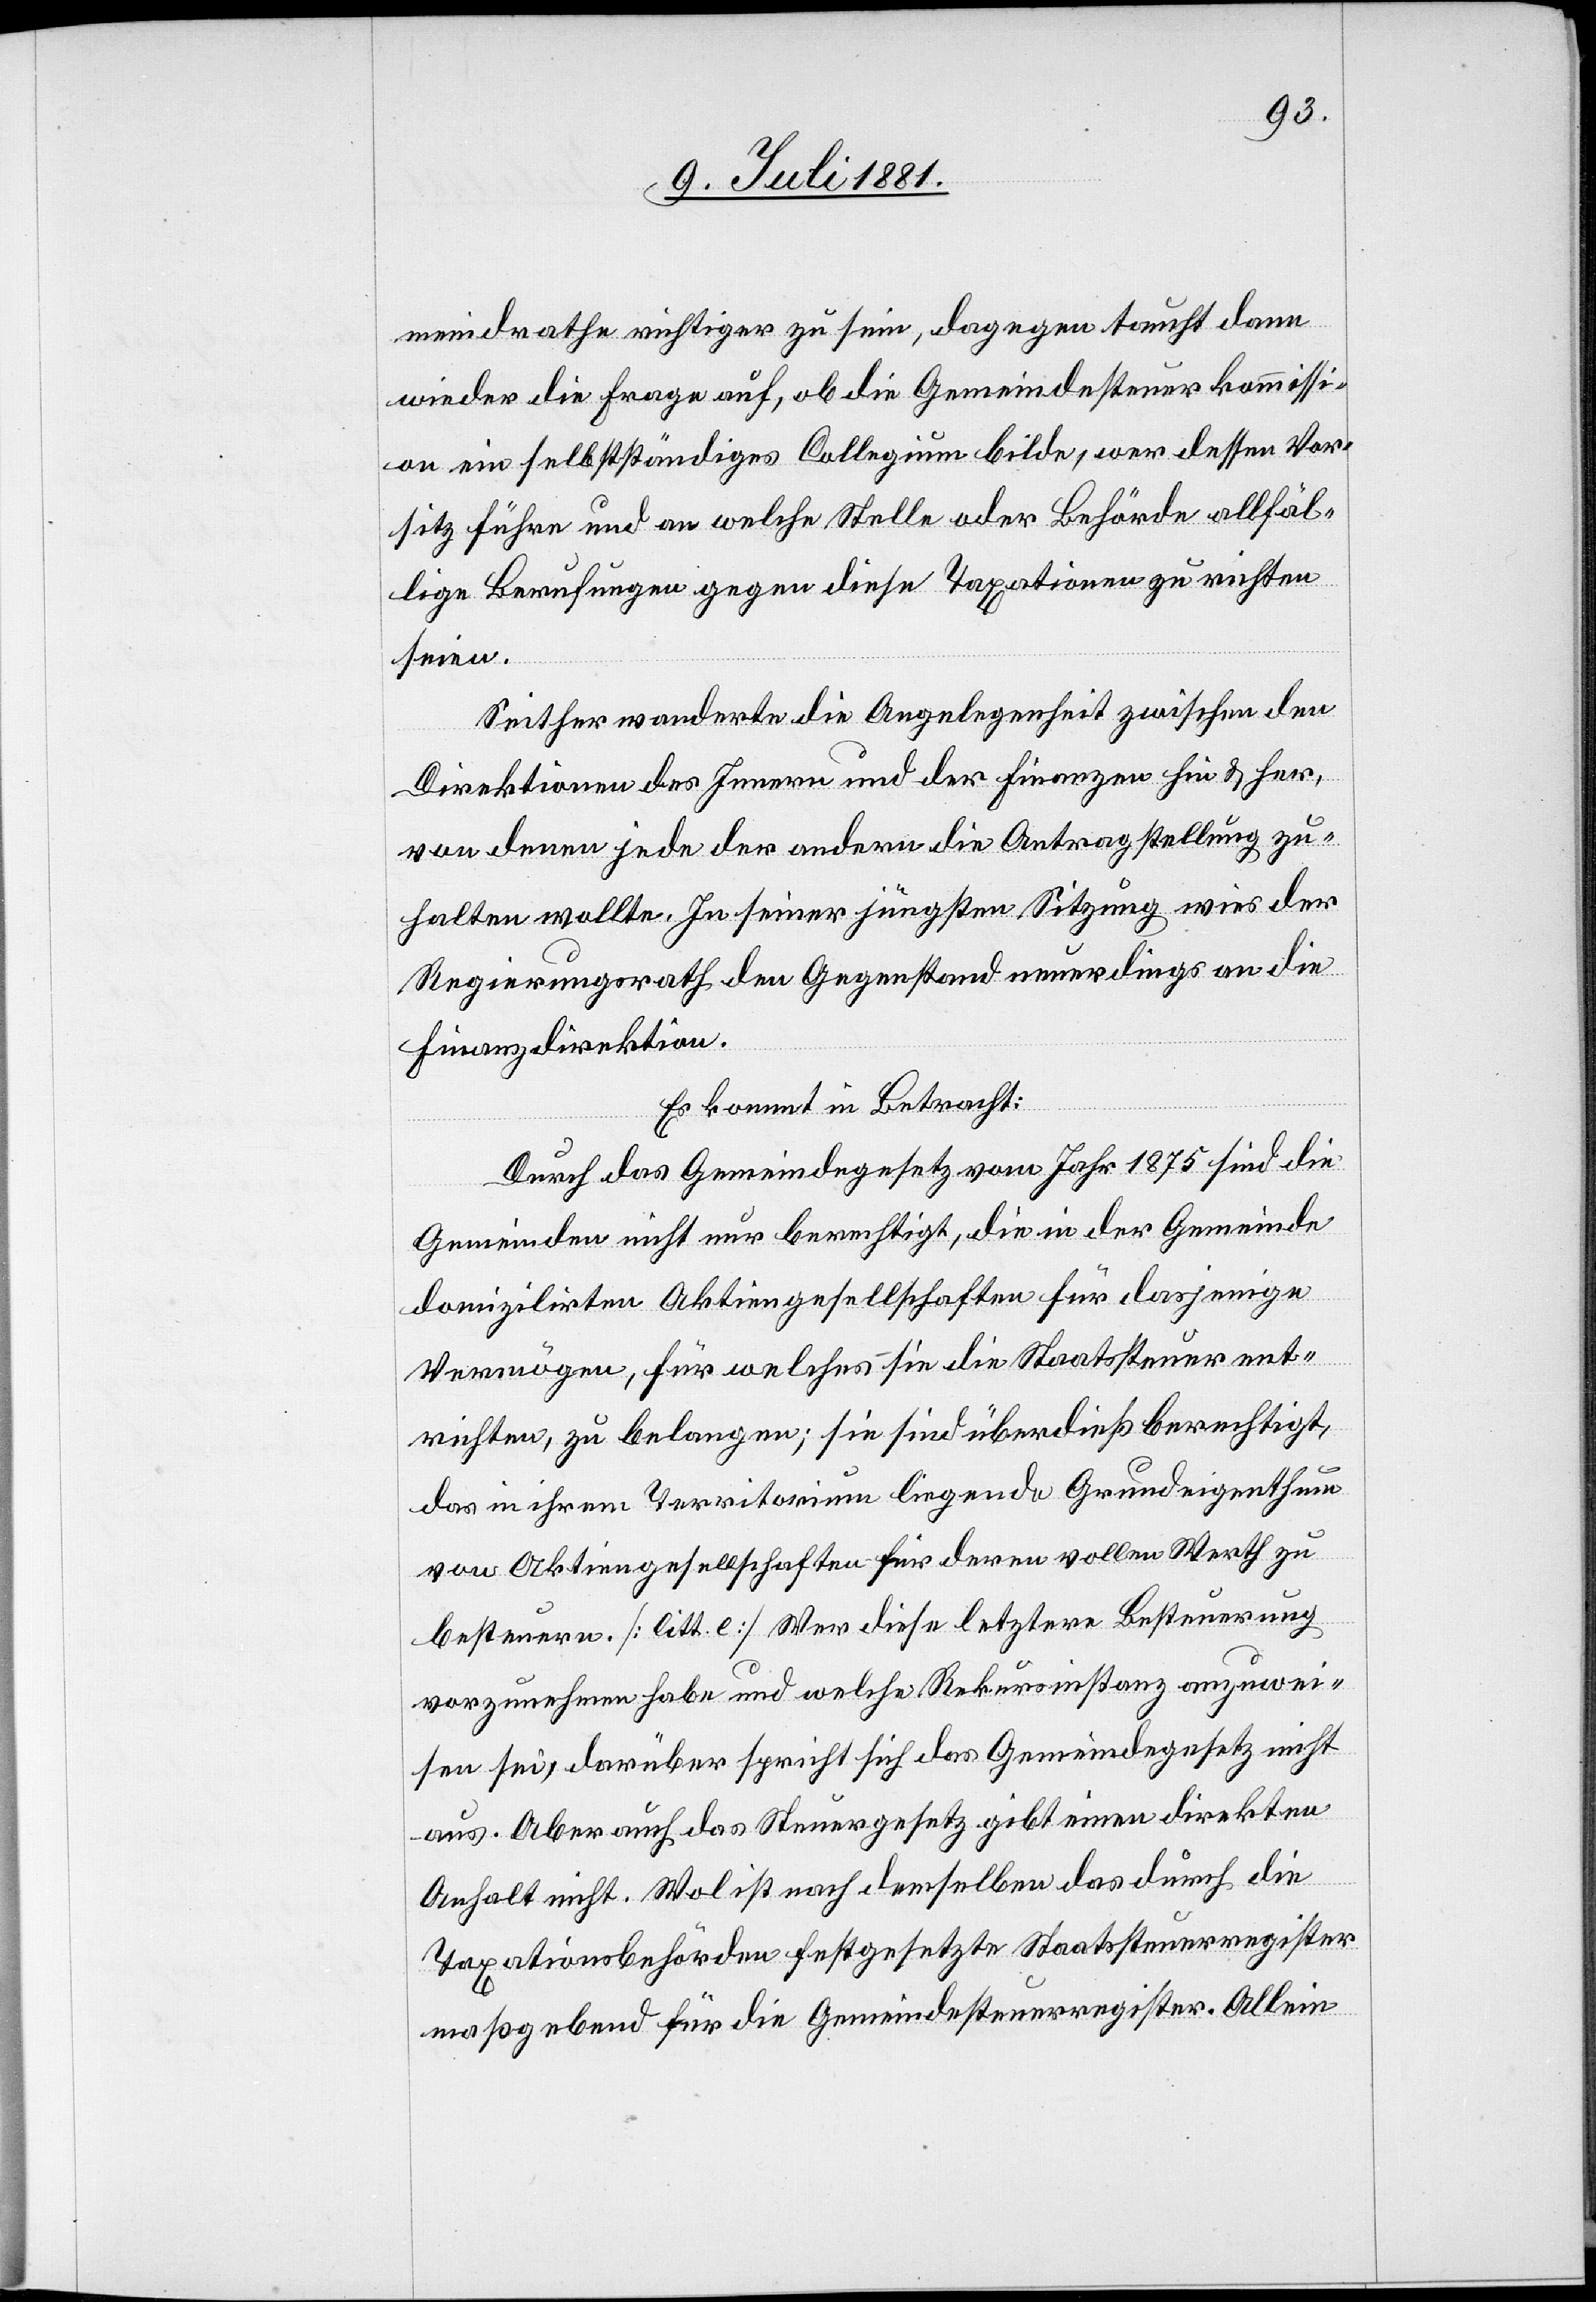
meindrathe wichtiger zu sein, dagegen taucht dann
wieder die Frage auf, ob die Gemeindesteuerkommissi¬
on ein selbstständiges Collegium bilde, wer dessen Vor¬
sitz führe und an welche Stelle oder Behörde allfäl¬
lige Berufungen gegen diese Taxation zu richten
seien.
Seither wanderte die Angelegenheit zwischen den
Direktionen des Innern und der Finanzen hin & her,
von denen jede der andern die Antragstellung zu¬
halten wollte. In seiner jüngsten Sitzung wies der
Regierungsrath den Gegenstand neuerdings an die
Finanzdirektion.
Es kommt in Betracht:
Durch das Gemeindegesetz vom Jahr 1875 sind die
Gemeinden nicht nur berechtigt, die in der Gemeinde
domizilirten Aktiengesellschaften für dasjenige
Vermögen, für welches sie die Staatssteuer ent¬
richten, zu beklagen; sie sind überdieß berechtigt,
das in ihrem Territorium liegende Grundeigenthum
von Aktiengesellschaften für deren vollen Werth zu
besteuern. [litt. e] Wer diese letztere Besteuerung
vorzunehmen habe und welche Rekursinstanz anzuwei¬
sen sei, darüber spricht sich das Gemeindegesetz nicht
aus. Aber auch das Steuergesetz gibt einen direkten
Anhalt nicht. Wol ist nach demselben das durch die
Taxationsbehörden festgesetzte Staatssteuerregister
maßgebend für die Gemeindesteuerregister. Allein